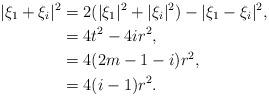
LaTeX: \begin{align*}| \xi_{1} + \xi_{i}| ^{2} &=2( |\xi_{1}|^{2} + | \xi_{i}|^{2}) - | \xi_{1} - \xi_{i}|^{2}, \\ &=4 t^{2} - 4 ir^{2}, \\ &= 4 ( 2m-1-i) r^{2}, \\ &=4(i-1)r^{2}.\end{align*}